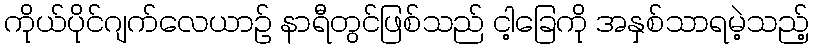
ကိုယ်ပိုင်ဂျက်လေယာဉ် နာရီတွင်ဖြစ်သည် ငါ့ခြေကို အနှစ်သာရမဲ့သည့်